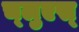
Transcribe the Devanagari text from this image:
च्लुएस्